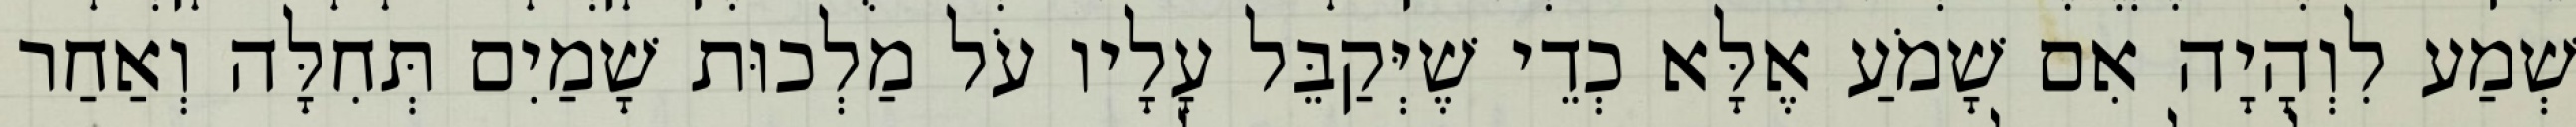
שְׁמַע לִוְהָיָה אִם שָׁמֹעַ אֶלָּא כְדֵי שֶׁיְּקַבֵּל עָלָיו עֹל מַלְכוּת שָׁמַיִם תְּחִלָּה וְאַחַר